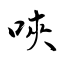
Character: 唊